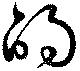
的